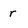
Character: r